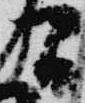
間